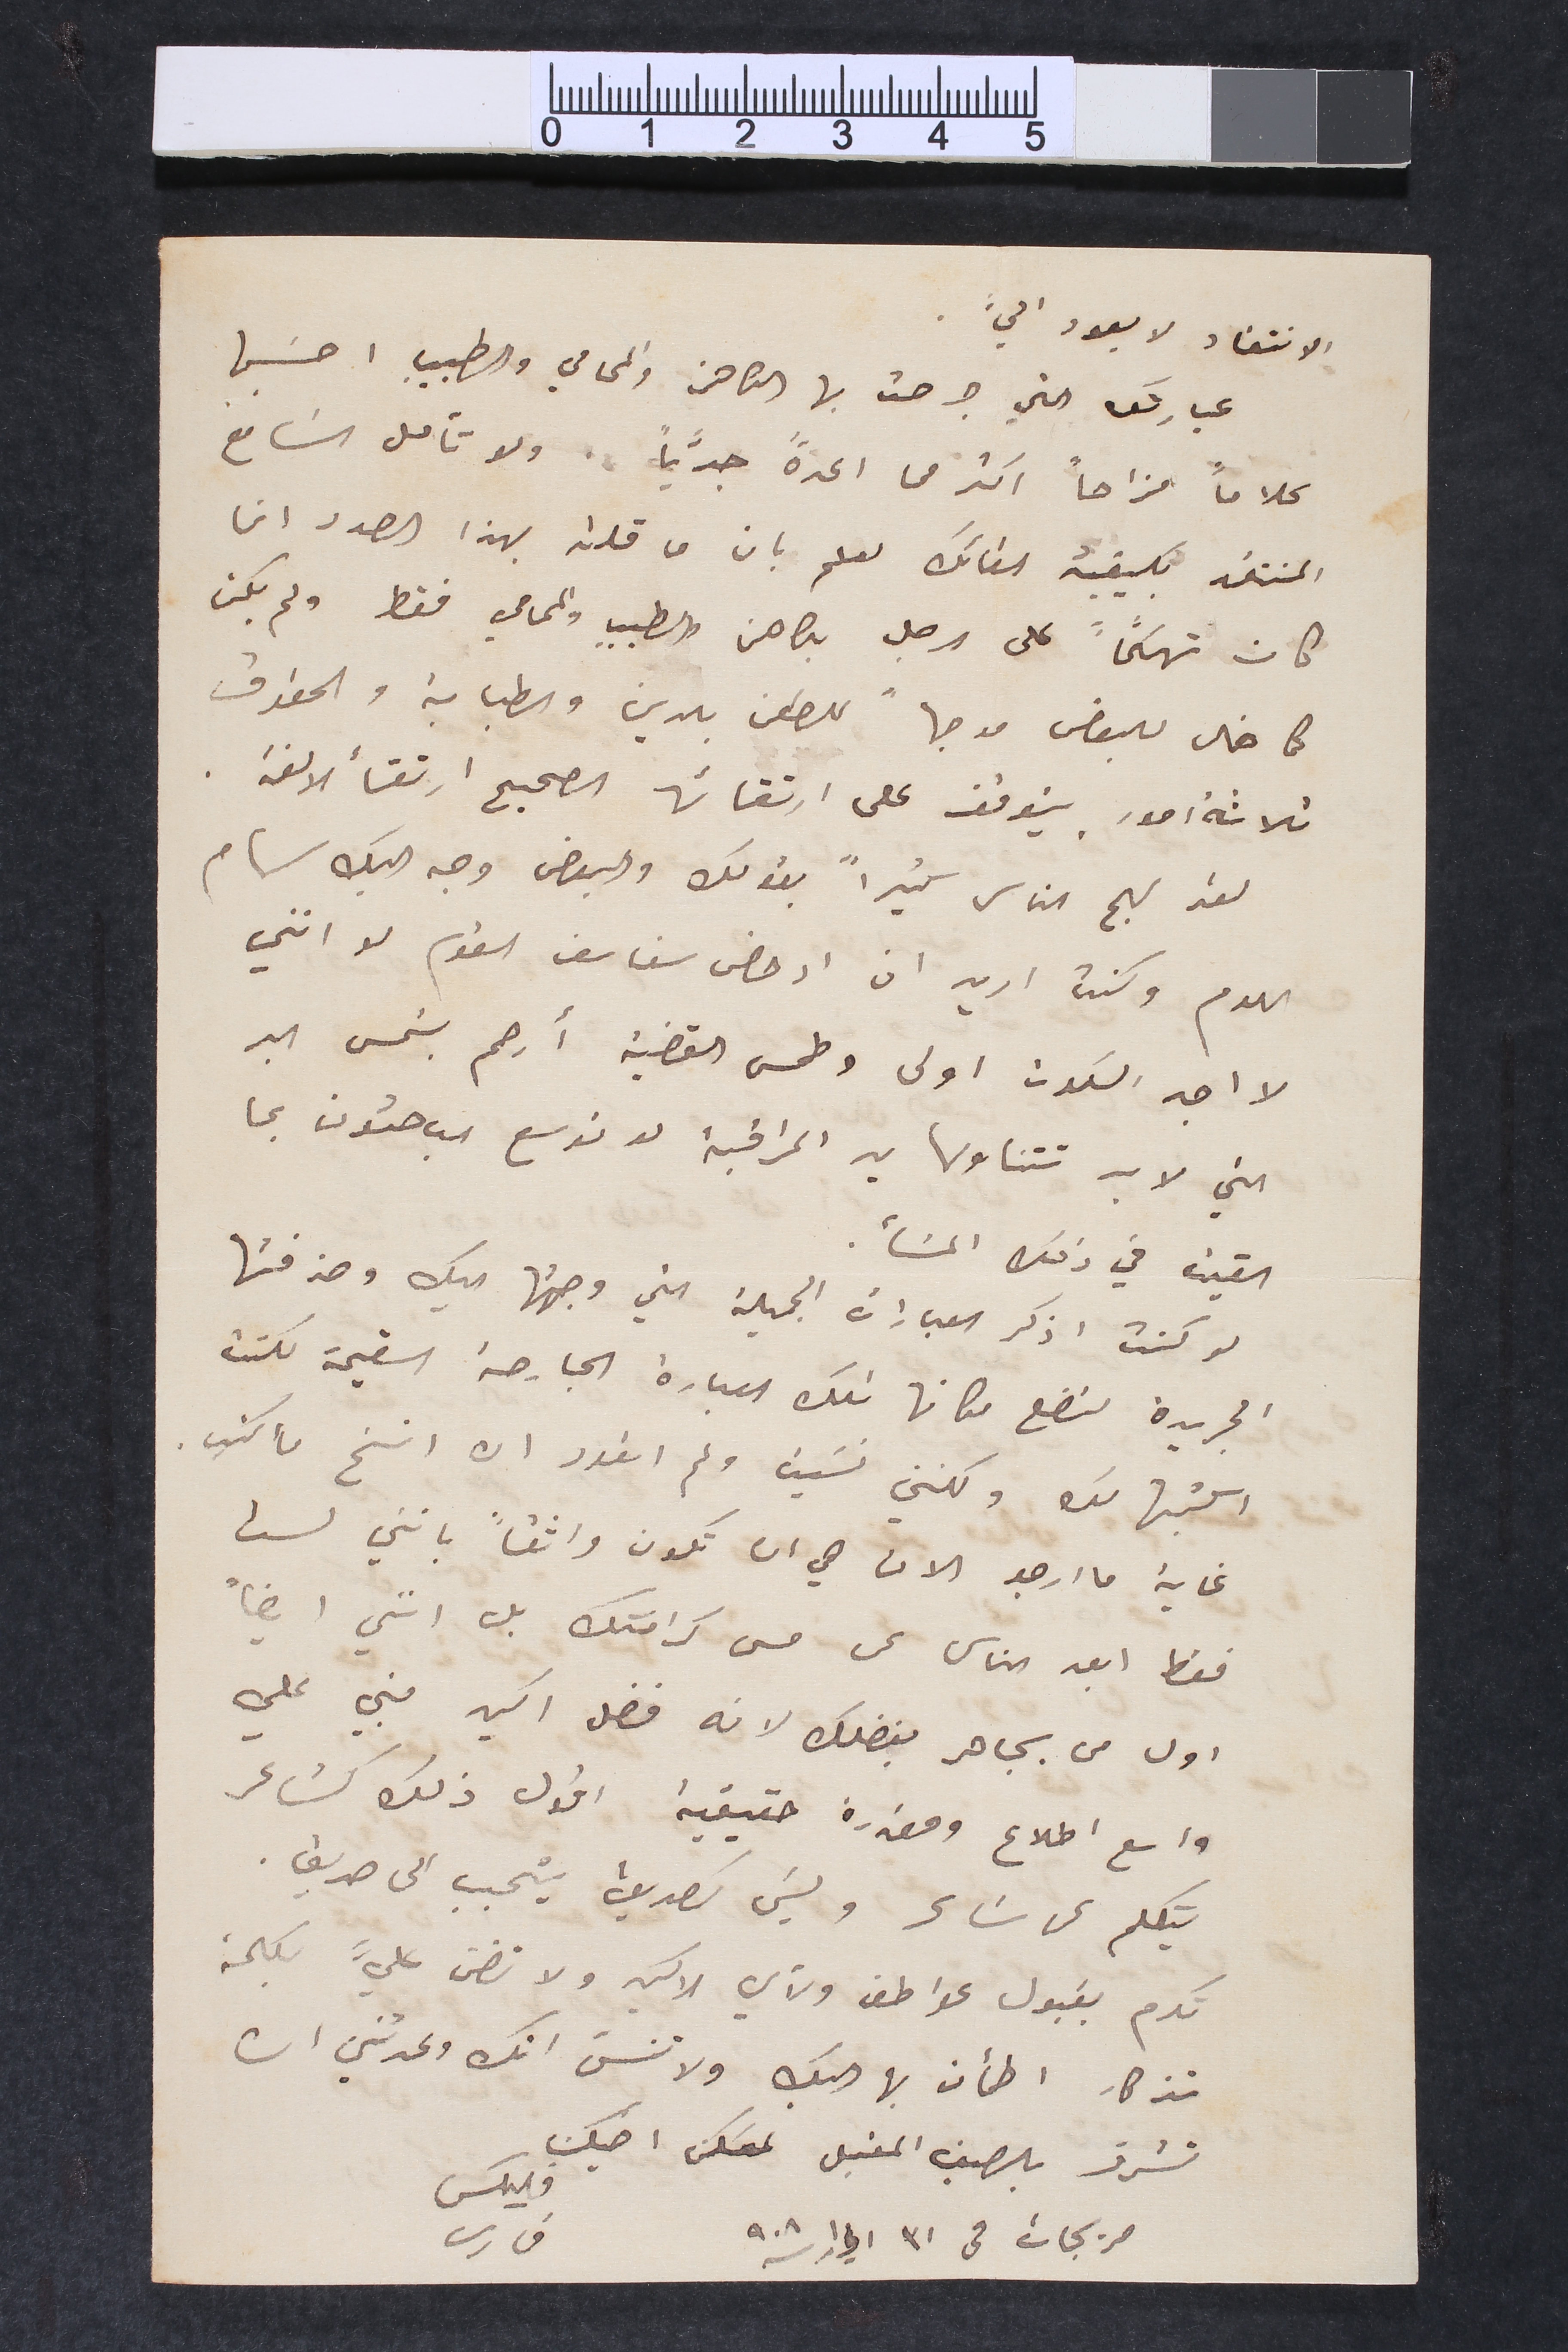
الانتقاد لا يعود اليَّ
عبارتك التي جرحت بها الكاهن والمحامي والطبيب احسَبها
كلاماً مزاحاً اكثر من اعدهً جدَّياً. ولو تأمل السَامع
المنتقد بكيفية القائك لعلم بان ما قلته بهذا الصدد انما
كان تهكُماً على الرجل بكاهن والطبيب والمحامي فقط ولم يكن
كما خال للبعض موجهاً للطعن بالدين والطبابة والحقوق
ثلاثة امور يتوقف على ارتقائها الصحيح ارتقأ الالفة.
لقد بهج الناس كثيراً بقولك والبعض وجه اليك سهام
اللوم وكنت اريد ان ادحض سفاسف القوم لو انني
لا اجد السكون اولى وطمس القضية أرحم بشمس البر
التي لا بد تتناولها يد المراقبة لو توسع الباحثون بما
القينا في ذلك المسَأ.
لو كنت اذكر العبارات الجميلة التي وجهتها اليك وحذفتها
الجريدة لتضع مكانها تلك العبارة الجارحة السقيمة لكنت
اكتبها لك ولكنني نسَيت  ولم اتعود ان انسخ مأ كتِب.
غاية ما ارجو الان هي ان تكون واثقاً بانني لست
فقط ابعد الناس عن مس كرامتك بل انني ايضاً
اول من يجاهر بفضلك لانه فضل اكيد مبني علي
واسع اطلاع ومقدرة حقيقية اقول ذلك كشاعر
يتكلم عن شاعر وليسَ كصديق يتحبب الى صديق.
تذكار اطمأن بها اليك ولا تنسَى انك وعدتني ان
مريجات في ٣١ اذار / ٩٠٨
فليكس
فارس
تكرم بقبول عواطف ولأي الاكيد ولا تضن عليَّ بكلمة
تشرف بالصيف المقبل  لمسكن  اخيك